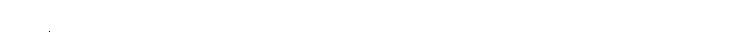
ဗြိတိန်မှာ သီတင်းသုံးစရာ ကျောင်း မရှိ သောင်တင်နေတဲ့ ဒေါ်ဂုဏစာရီ ဝါကပ်ဖို့အတွက်